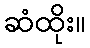
ဆံထိုး။